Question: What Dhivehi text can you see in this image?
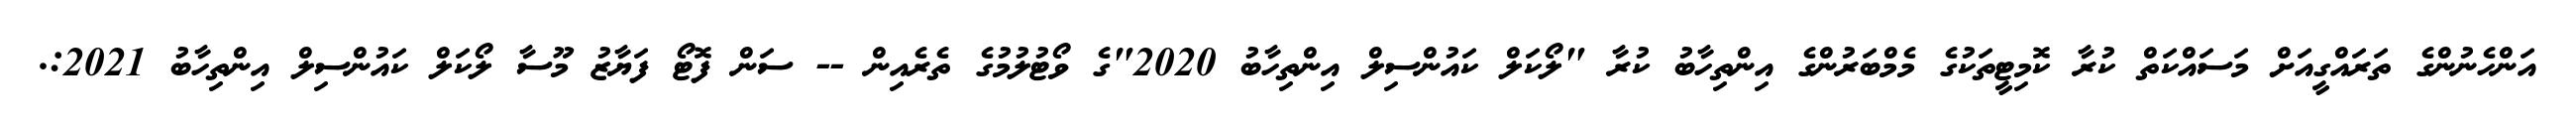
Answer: އަންހެނުންގެ ތަރައްގީއަށް މަސައްކަތް ކުރާ ކޮމިޓީތަކުގެ މެމްބަރުންގެ އިންތިހާބު ކުރާ "ލޯކަލް ކައުންސިލް އިންތިހާބު 2020"ގެ ވޯޓުލުމުގެ ތެރެއިން -- ސަން ފޮޓޯ ފަޔާޒު މޫސާ ލޯކަލް ކައުންސިލް އިންތިހާބު 2021:.